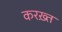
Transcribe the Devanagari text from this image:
करख़्त